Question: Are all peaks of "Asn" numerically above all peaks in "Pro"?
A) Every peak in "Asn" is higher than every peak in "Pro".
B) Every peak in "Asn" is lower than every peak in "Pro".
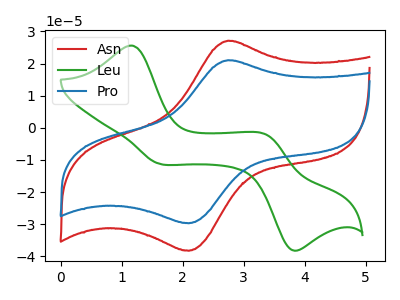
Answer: <think>The red curve "Asn" has an anodic peak at (2.75V, 27.15uA) and a cathodic peak at (2.10V, -38.25uA). The green curve "Leu" has anodic peaks at (1.15V, 25.60uA) (3.40V, -2.35uA) and cathodic peaks at (1.60V, -11.05uA) (3.80V, -37.95uA). The blue curve "Pro" has an anodic peak at (2.75V, 21.05uA) and a cathodic peak at (2.10V, -29.70uA).</think>
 <answer>A) Every peak in "Asn" is higher than every peak in "Pro".</answer>
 <eval>A</eval>